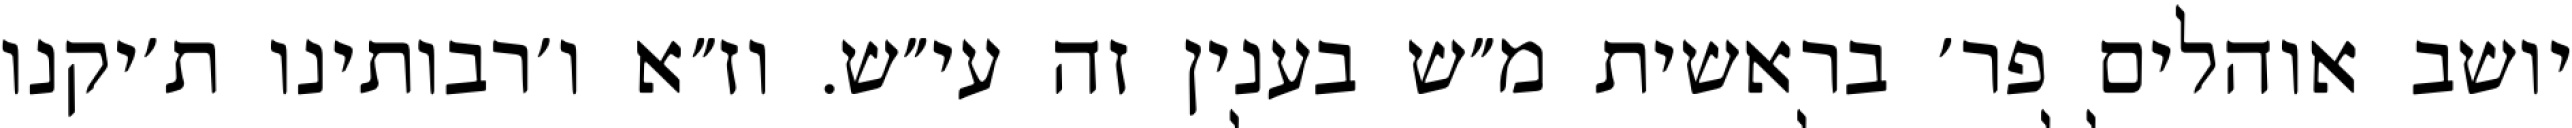
יושב אוהלים פר׳ בראשית מ״ש בענין זה עי״ש. וז״א ו׳רבותינו ת׳יקנו